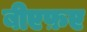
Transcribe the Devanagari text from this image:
बीएफ़ए